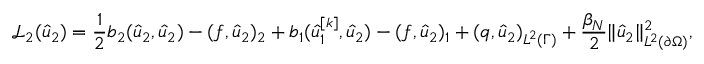
\mathcal { L } _ { 2 } ( \hat { u } _ { 2 } ) = \frac 1 2 b _ { 2 } ( \hat { u } _ { 2 } , \hat { u } _ { 2 } ) - ( f , \hat { u } _ { 2 } ) _ { 2 } + b _ { 1 } ( \hat { u } _ { 1 } ^ { [ k ] } , \hat { u } _ { 2 } ) - ( f , \hat { u } _ { 2 } ) _ { 1 } + ( q , \hat { u } _ { 2 } ) _ { L ^ { 2 } ( \Gamma ) } + \frac { \beta _ { N } } { 2 } \lVert \hat { u } _ { 2 } \rVert _ { L ^ { 2 } ( \partial \Omega ) } ^ { 2 } ,